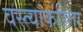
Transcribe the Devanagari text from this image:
वस्त्यांकरिता